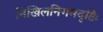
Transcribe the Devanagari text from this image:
निखिलनिगमदृष्टिः